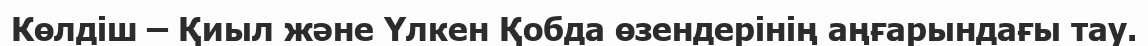
Көлдіш – Қиыл және Үлкен Қобда өзендерінің аңғарындағы тау.